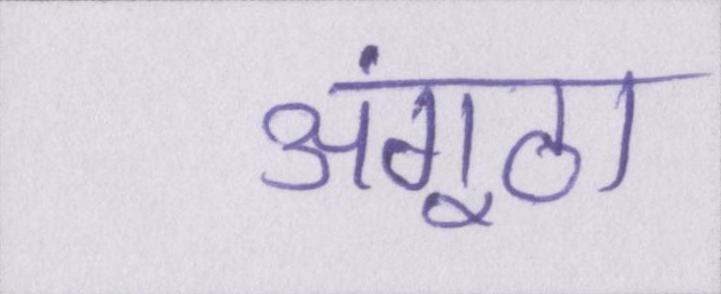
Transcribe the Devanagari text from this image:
अंगूठा